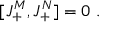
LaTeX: [ J _ { + } ^ { M } , J _ { + } ^ { N } ] = 0 \ .